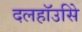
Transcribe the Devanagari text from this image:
दलहॉउसिे